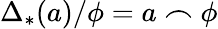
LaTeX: \Delta_{*}(a)/\phi=a\frown\phi